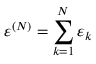
\varepsilon ^ { ( N ) } = \sum _ { k = 1 } ^ { N } \varepsilon _ { k }